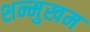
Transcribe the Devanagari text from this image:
शन्मुखम